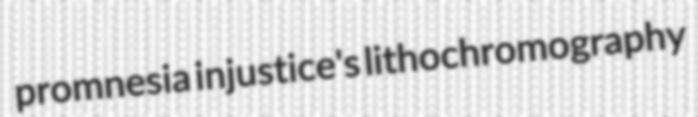
promnesia injustice's lithochromography